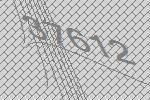
37612